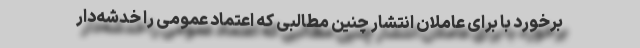
برخورد با برای عاملان انتشار چنین مطالبی که اعتماد عمومی را خدشه‌دار